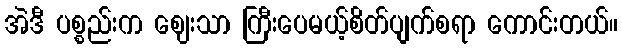
အဲဒီ ပစ္စည်းက ဈေးသာ ကြီးပေမယ့်စိတ်ပျက်စရာ ကောင်းတယ်။